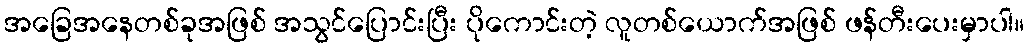
အခြေအနေတစ်ခုအဖြစ် အသွင်ပြောင်းပြီး ပိုကောင်းတဲ့ လူတစ်ယောက်အဖြစ် ဖန်တီးပေးမှာပါ။